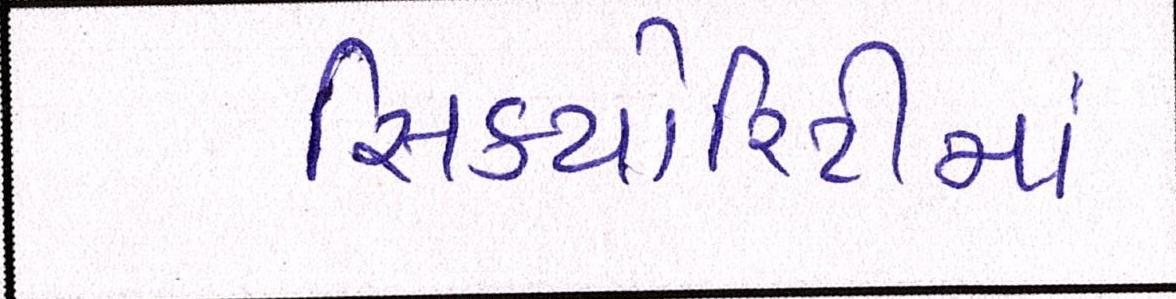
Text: સિક્યોરિટીમાં